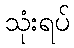
သုံးရပ်